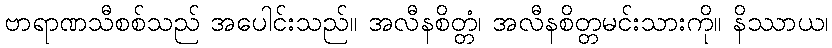
ဗာရာဏသီစစ်သည် အပေါင်းသည်။ အလီနစိတ္တံ၊ အလီနစိတ္တမင်းသားကို။ နိဿာယ၊